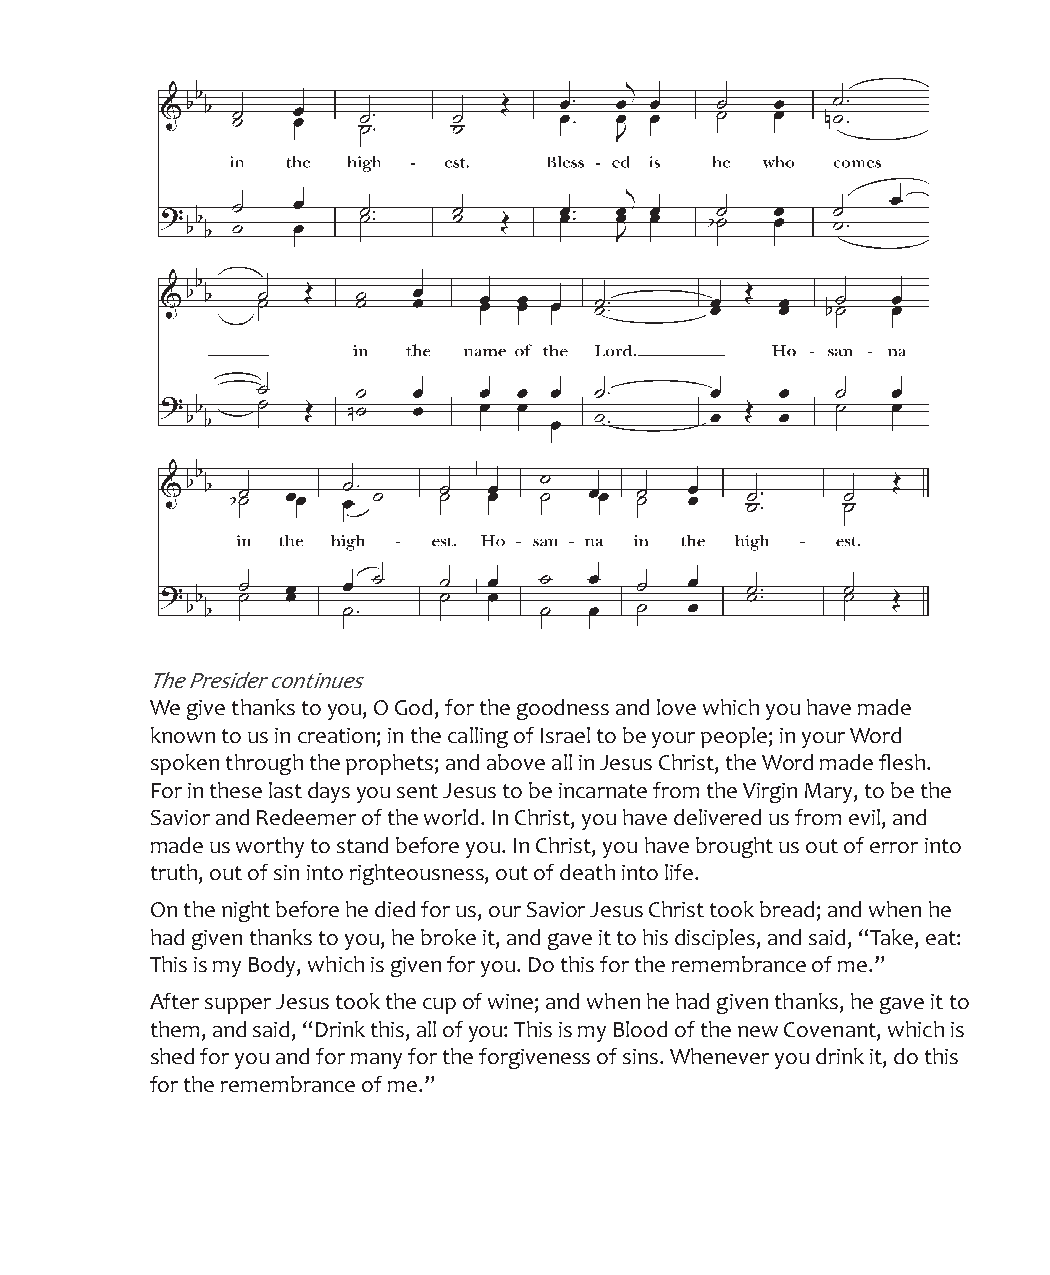
The Presider continues
 We give thanks to you, O God, for the goodness and love which you have made
 known to us in creation; in the calling of Israel to be your people; in your Word
 spoken through the prophets; and above all in Jesus Christ, the Word made flesh.
 For in these last days you sent Jesus to be incarnate from the Virgin Mary, to be the
 Savior and Redeemer of the world. In Christ, you have delivered us from evil, and
 made us worthy to stand before you. In Christ, you have brought us out of error into
 truth, out of sin into righteousness, out of death into life.
 On the night before he died for us, our Savior Jesus Christ took bread; and when he
 had given thanks to you, he broke it, and gave it to his disciples, and said, “Take, eat:
 This is my Body, which is given for you. Do this for the remembrance of me.”
 After supper Jesus took the cup of wine; and when he had given thanks, he gave it to
 them, and said, “Drink this, all of you: This is my Blood of the new Covenant, which is
 shed for you and for many for the forgiveness of sins. Whenever you drink it, do this
 for the remembrance of me.”